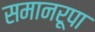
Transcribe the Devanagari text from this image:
समानरूपा